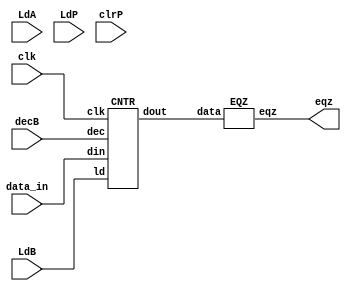
module bit8_mult (eqz, LdA, LdB, LdP, clrP, decB, data_in, clk);
 input LdA, LdB, LdP, clrP, decB, clk;
 input [15:0] data_in;
 output eqz;
 wire [15:0] X, Y, Z, Bout, data_in;
 PIPO1 A (X, data_in, LdA, clk);
 PIPO2 P (Y, Z, LdP, clrP, clk);
 CNTR B (Bout, data_in, LdB, decB, clk);
 ADD AD (Z, X, Y);
 EQZ COMP (eqz, Bout);
endmodule

module PIPO1 (dout, din, ld, clk);
 input [15:0] din;
 input ld, clk;
 output reg [15:0] dout;
 always @(posedge clk)
 if (ld) dout <= din;
endmodule

module ADD (out, in1, in2);
 input [15:0] in1, in2;
 output reg [15:0] out;
 always @(*)
 out = in1 + in2;
endmodule

module PIPO2 (dout, din, ld,clr, clk);
 input [15:0] din;
 input ld, clr, clk;
 output reg [15:0] dout;
 always @(posedge clk)
 if (clr) dout <= 16'b0;
 else if (ld) dout <= din;
endmodule

module EQZ (eqz, data);
 input [15:0] data;
 output eqz;
 assign eqz = (data == 0);
endmodule

module CNTR (dout, din, ld, dec, clk);
 input [15:0] din;
 input ld, dec, clk;
 output reg [15:0] dout;
 always @(posedge clk)
 if (ld) dout <= din;
 else if (dec) dout <= dout - 1;
endmodule 

module controller (LdA, LdB, LdP, clrP, decB, done, clk, eqz, start);
 input clk, eqz, start;
 output reg LdA, LdB, LdP, clrP, decB, done;
 reg [2:0] state, next_state;
 parameter S0=3'b000, S1=3'b001, S2=3'b010, S3=3'b011, S4=3'b100;
 
 always @(posedge clk)
 begin
	state <= next_state; 
 end 
 
 always @(*)
 begin
 case (state)
 S0: begin #1 LdA = 0; LdB = 0; LdP = 0; clrP = 0; decB = 0; 
	  if (start) begin
			next_state = S1;
	  end
	  
	  end
 S1: begin 
		next_state = S2;
		#1 LdA = 1;  end
 S2: begin #1 LdA = 0; LdB = 1; clrP = 1; next_state = S3; end
 S3: begin #2 LdB = 0; LdP = 1; clrP = 0; decB = 1; 
	  if (eqz) begin
	  state <= S4; 
	  end
	  end
	  
 S4: begin #1 done = 1; LdB = 0; LdP = 0; decB = 0; next_state= S4; end
 default: begin #1 LdA = 0; LdB = 0; LdP = 0; clrP = 0; decB = 0; next_state = S0; end
 endcase
 end
endmodule